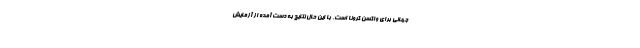
جهانی برای واکسن کرونا است. با این حال نتایج به دست آمده از آزمایش